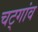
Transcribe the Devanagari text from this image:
चट्गांव